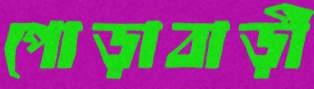
পোড়াবাড়ী